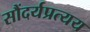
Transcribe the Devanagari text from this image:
सौंदर्यप्रत्यय